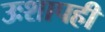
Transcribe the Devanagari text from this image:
उःशापही